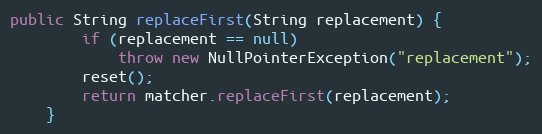
Language: Java
public String replaceFirst(String replacement) {
        if (replacement == null)
            throw new NullPointerException("replacement");
        reset();
        return matcher.replaceFirst(replacement);
    }